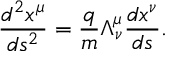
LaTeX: \frac { d ^ { 2 } x ^ { \mu } } { d s ^ { 2 } } = \frac { q } { m } \Lambda _ { \nu } ^ { \mu } \frac { d x ^ { \nu } } { d s } .